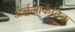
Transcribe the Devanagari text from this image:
अर्द्धआर्कटिक